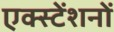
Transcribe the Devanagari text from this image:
एक्स्टेंशनों